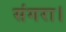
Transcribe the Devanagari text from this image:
संगरा।